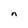
Character: n